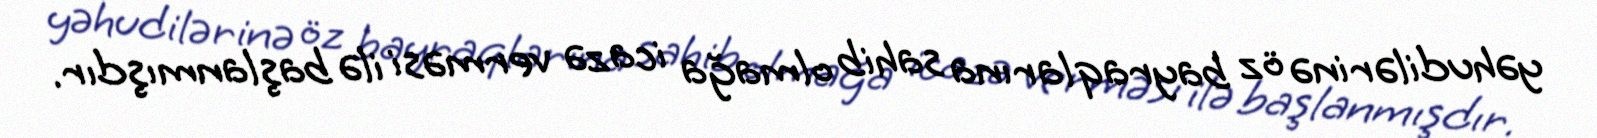
yəhudilərinə öz bayraqlarına sahib olmağa icazə verməsi ilə başlanmışdır.